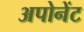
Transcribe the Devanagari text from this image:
अपोनेंट